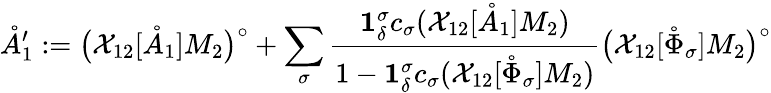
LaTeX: \mathring{A}_{1}^{\prime}:=\big(\mathcal{X}_{12}[\mathring{A}_{1}]M_{2}\big)^{\circ}+\sum_{\sigma}\frac{\mathbf{1}_{\delta}^{\sigma}c_{\sigma}(\mathcal{X}_{12}[\mathring{A}_{1}]M_{2})}{1-\mathbf{1}_{\delta}^{\sigma}c_{\sigma}(\mathcal{X}_{12}[\mathring{\Phi}_{\sigma}]M_{2})}\big(\mathcal{X}_{12}[\mathring{\Phi}_{\sigma}]M_{2}\big)^{\circ}